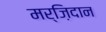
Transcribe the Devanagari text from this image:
मर्ज़िदान